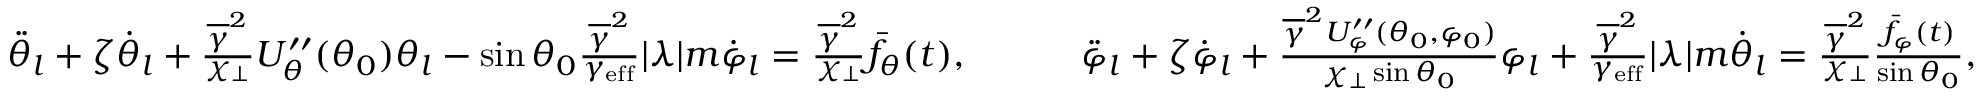
\begin{array} { r } { \ddot { \theta } _ { l } + \zeta \dot { \theta } _ { l } + \frac { \overline { { \gamma } } ^ { 2 } } { \chi _ { \perp } } U _ { \theta } ^ { \prime \prime } ( \theta _ { 0 } ) \theta _ { l } - \sin \theta _ { 0 } \frac { \overline { \gamma } ^ { 2 } } { \gamma _ { \mathrm { e f f } } } | { \lambda } | m \dot { \varphi } _ { l } = \frac { \overline { \gamma } ^ { 2 } } { \chi _ { \perp } } \bar { f } _ { \theta } ( t ) , \quad \quad \quad \ddot { \varphi } _ { l } + \zeta \dot { \varphi } _ { l } + \frac { \overline { \gamma } ^ { 2 } U _ { \varphi } ^ { \prime \prime } ( \theta _ { 0 } , \varphi _ { 0 } ) } { \chi _ { \perp } \sin \theta _ { 0 } } \varphi _ { l } + \frac { \overline { { \gamma } } ^ { 2 } } { \gamma _ { \mathrm { e f f } } } | { \lambda } | m \dot { \theta } _ { l } = \frac { \overline { \gamma } ^ { 2 } } { \chi _ { \perp } } \frac { \bar { f } _ { \varphi } ( t ) } { \sin \theta _ { 0 } } , } \end{array}